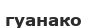
гуанако